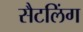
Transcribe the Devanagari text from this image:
सैटलिंग